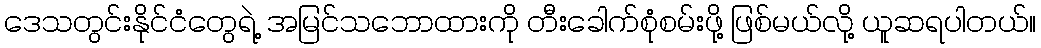
ဒေသတွင်းနိုင်ငံတွေရဲ့ အမြင်သဘောထားကို တီးခေါက်စုံစမ်းဖို့ ဖြစ်မယ်လို့ ယူဆရပါတယ်။